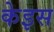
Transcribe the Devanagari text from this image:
केइस